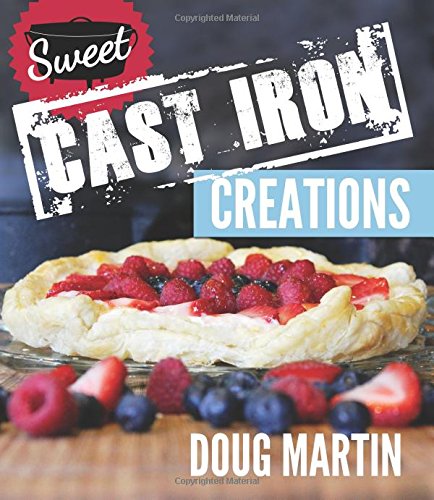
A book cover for Sweet Cast Iron Creations: Dutch Oven Desserts; Doug Martin; Cookbooks, Food & Wine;